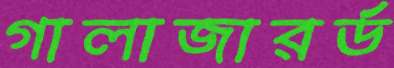
গালাজারর্ড